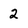
Character: 2